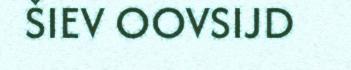
ŠIEV OOVSIJD